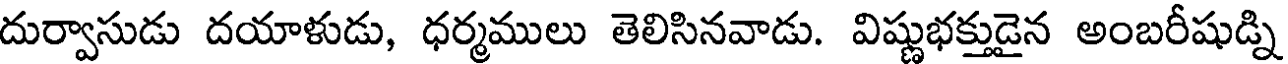
దుర్వాసుడు దయాళుడు, ధర్మములు తెలిసినవాడు. విష్ణుభక్తుడైన అంబరీషుడ్ని